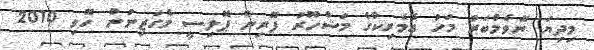
މިދިޔަ ނޮވެމްބަރު މަހު އެމެރިކާގެ މަޝްހޫރު ފޮރިން ޕޮލިސީ މެގަޒިނުން ހޮވި 2010